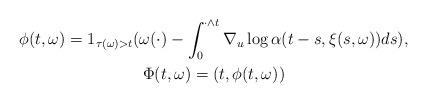
LaTeX: \begin{align*}\begin{gathered}\phi(t,\omega)=1_{\tau(\omega)>t} (\omega(\cdot)-\int^{\cdot\wedge t}_0 \nabla_u \log \alpha(t-s,\xi(s,\omega))ds), \\\Phi(t,\omega)=(t,\phi(t,\omega))\end{gathered}\end{align*}